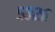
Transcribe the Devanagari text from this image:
५९२६